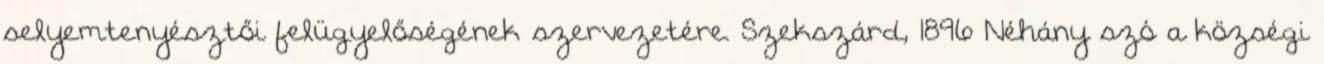
selyemtenyésztői felügyelőségének szervezetére. Szekszárd, 1896 Néhány szó a községi